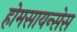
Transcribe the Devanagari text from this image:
होमसायन्सेस